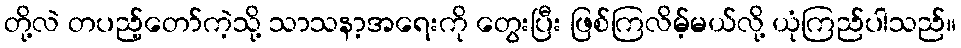
တို့လဲ တပည့်တော်ကဲ့သို့ သာသနာ့အရေးကို တွေးပြီး ဖြစ်ကြလိမ့်မယ်လို့ ယုံကြည်ပါသည်။